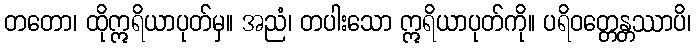
တတော၊ ထိုဣရိယာပုတ်မှ။ အညံ၊ တပါးသော ဣရိယာပုတ်ကို။ ပရိဝတ္တေန္တဿာပိ၊